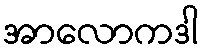
အာလောကဒါ